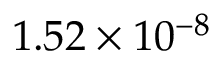
1 . 5 2 \times 1 0 ^ { - 8 }